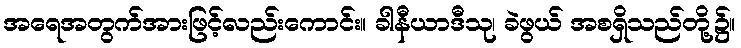
အရေအတွက်အားဖြင့်လည်းကောင်း။ ခါနီယာဒီသု၊ ခဲဖွယ် အစရှိသည်တို့၌။